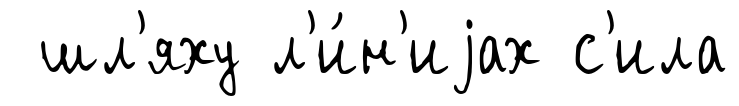
шл'яху л'и́н'иjах с'ила